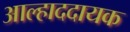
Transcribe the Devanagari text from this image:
अाल्हाददायक